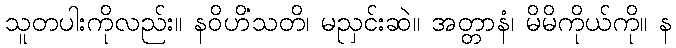
သူတပါးကိုလည်း။ နဝိဟိံသတိ၊ မညှင်းဆဲ။ အတ္တာနံ၊ မိမိကိုယ်ကို။ န